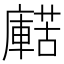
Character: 𧁹